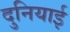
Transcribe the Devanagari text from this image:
दुनियाई